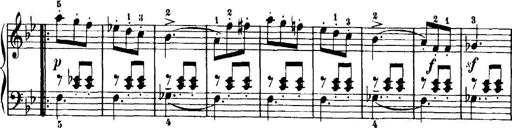
Title: 7 Sonatinas
Composer: Anton Diabelli